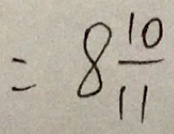
= 8 \frac { 1 0 } { 1 1 }